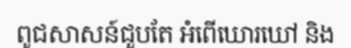
ពូជសាសន៍ជួបតែ អំពើឃោរឃៅ និង